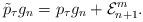
LaTeX: \begin{align*}\tilde{p}_{\tau}g_n = p_{\tau}g_n + \mathcal{E}_{n+1}^m.\end{align*}